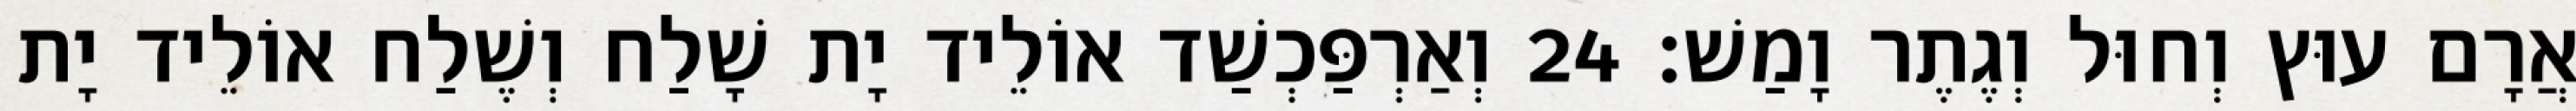
אֲרָם עוּץ וְחוּל וְגֶתֶר וָמַשׁ׃ 24 וְאַרְפַּכְשַׁד אוֹלֵיד יָת שָׁלַח וְשֶׁלַח אוֹלֵיד יָת